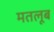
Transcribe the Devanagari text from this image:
मतलूब